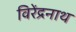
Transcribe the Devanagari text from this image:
विरेंद्रनाथ